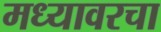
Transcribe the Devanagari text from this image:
मध्यावरचा